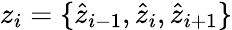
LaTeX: z_{i}=\{ \hat{z}_{i-1},\hat{z}_{i},\hat{z}_{i+1}\}